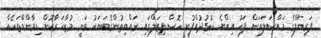
ފަރިޔާލްގެ މައްސަލައަށް ފަހު އިއްޔެ ކުޅުދުއްފުށީ ހޮސްޕިޓަލްގައި ރައްޔިތުންގެބަޔަކު ވަނީ މުޒާހަރާކޮށް ޑިމާންޑްތަކެއް